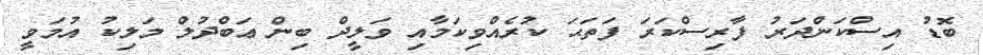
ބޮޑު އިސްކަންދަރު ފާރިސްކަރަ ފަތަޙަ ކުރެއްވިކަމާއި ވަލީދް ބިން ޢަބްދުލް މަލިކު އުމަވީ